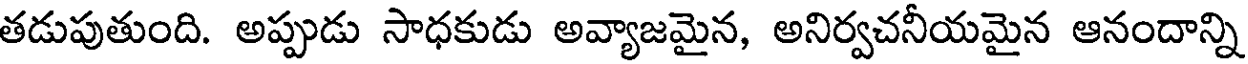
తడుపుతుంది. అప్పుడు సాధకుడు అవ్యాజమైన, అనిర్వచనీయమైన ఆనందాన్ని